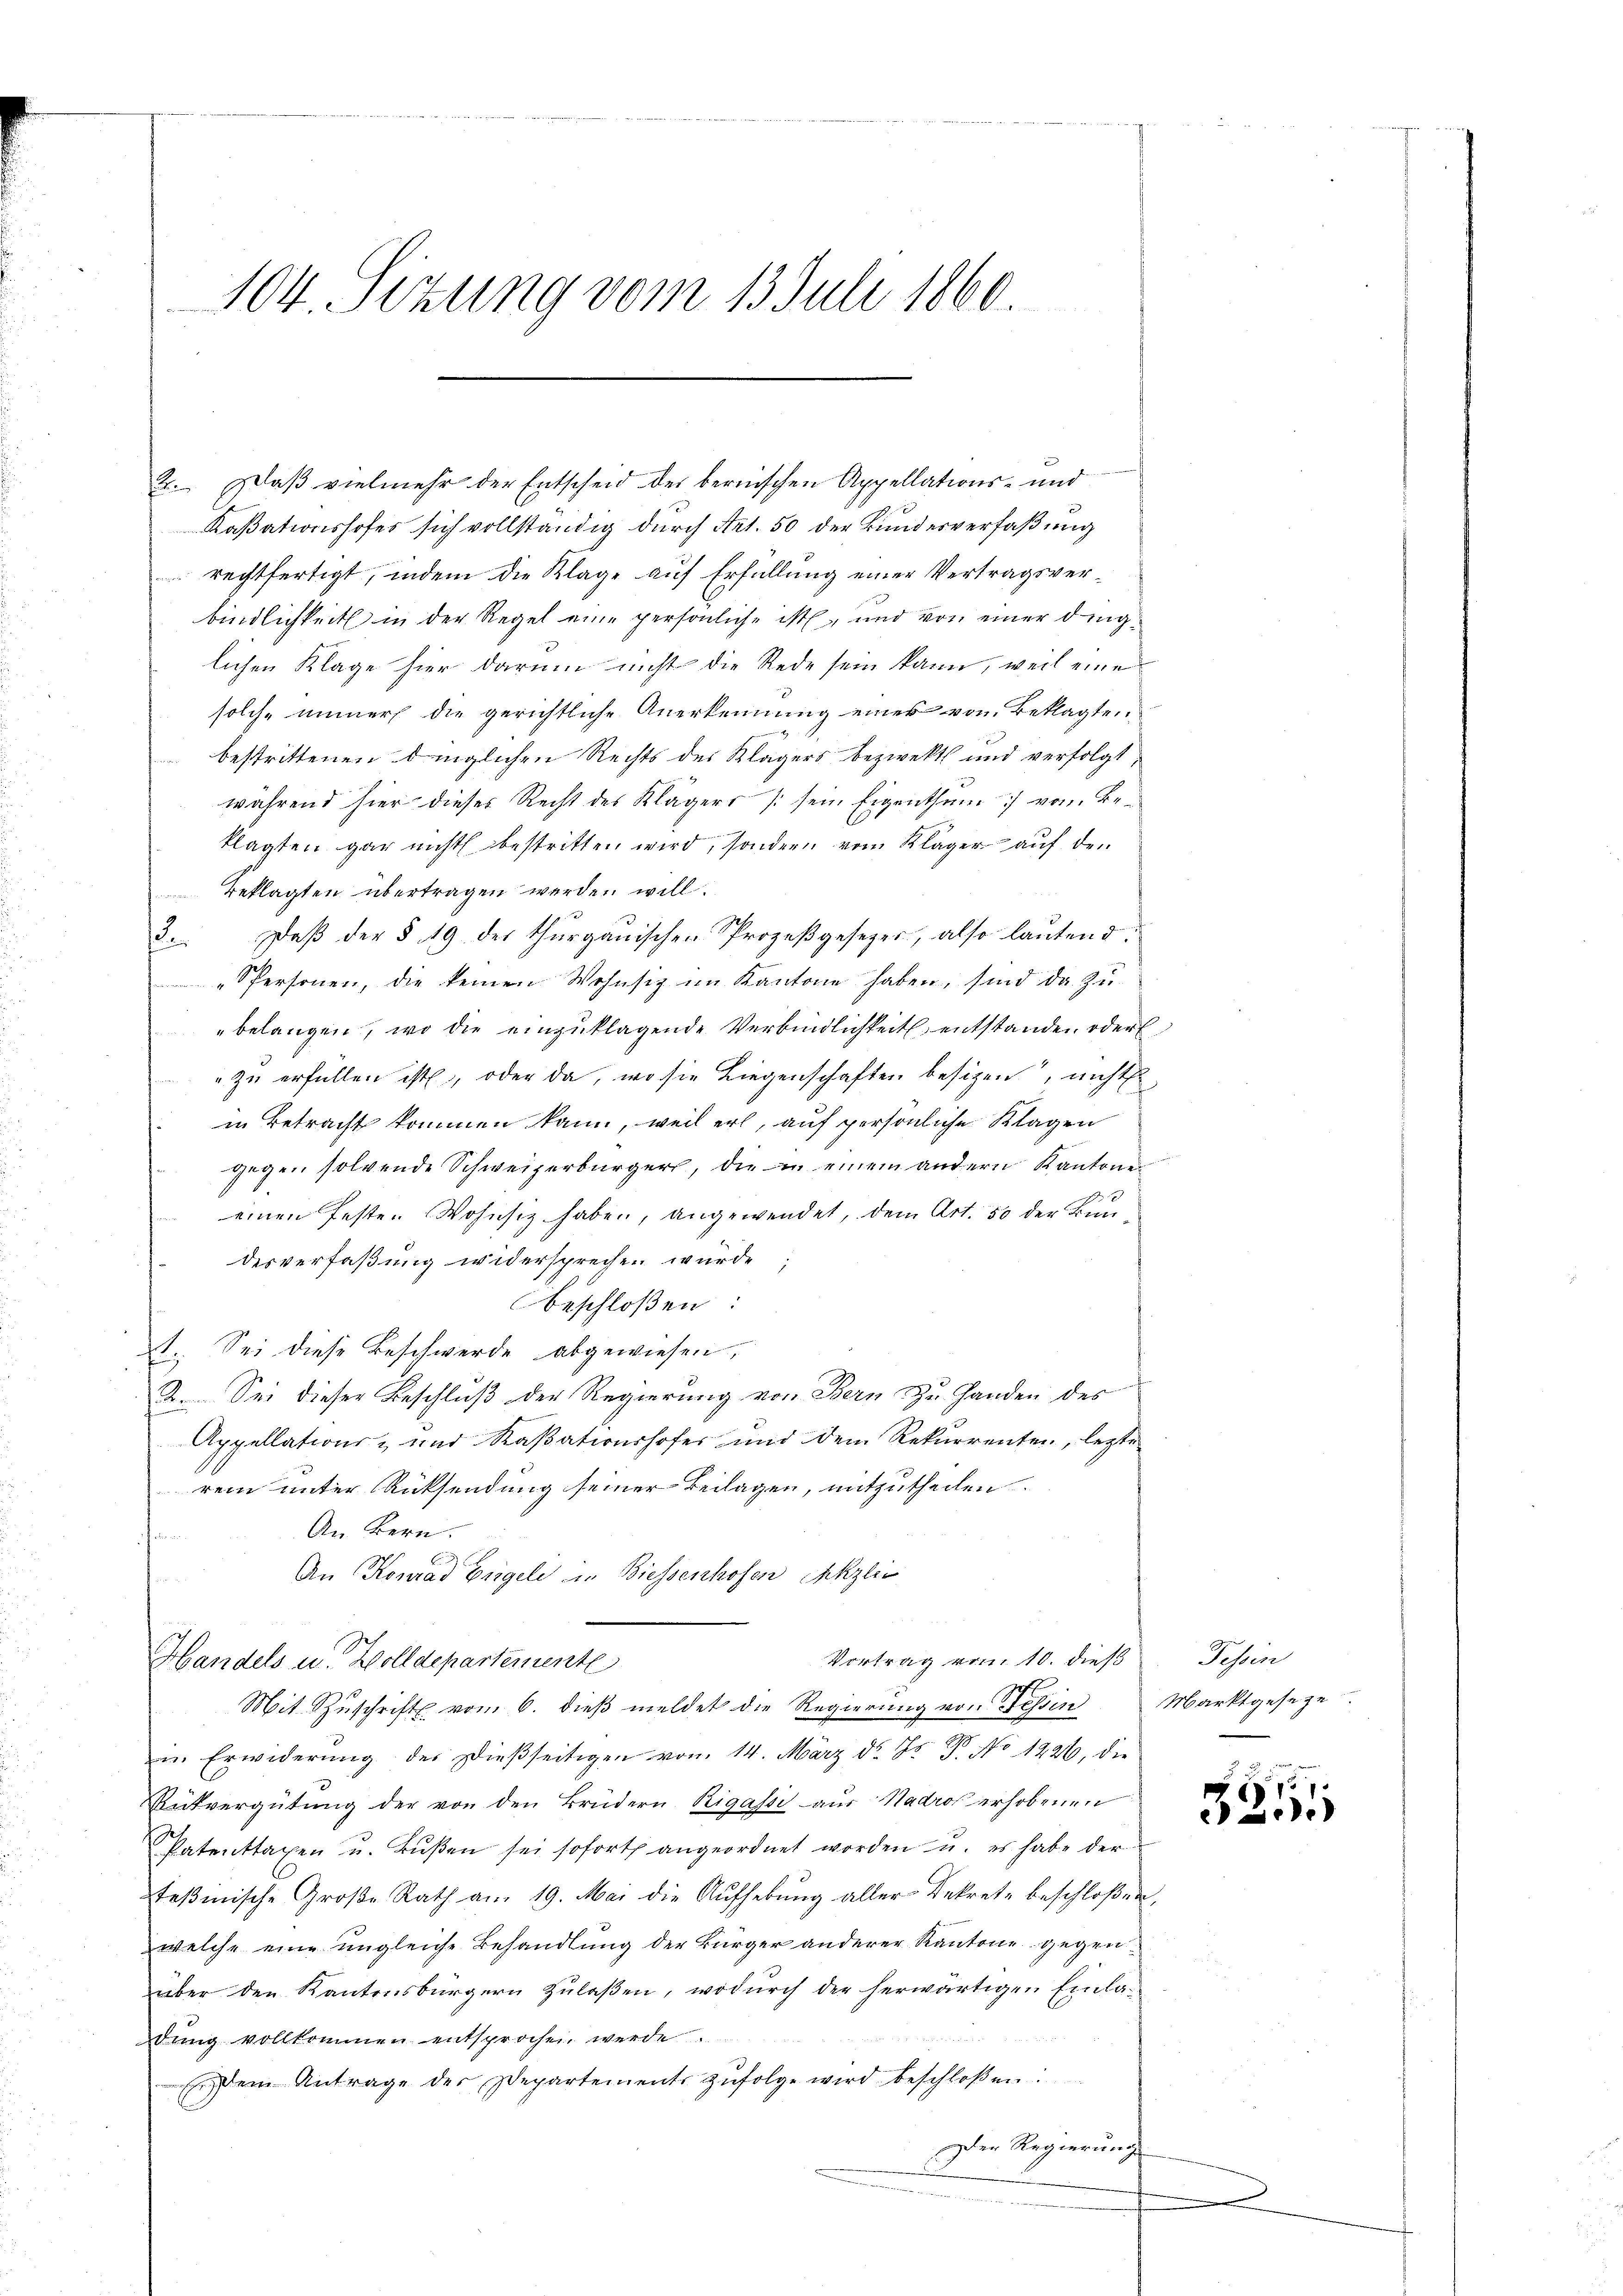
104. Sizung vom 13. Juli 1860.

2. daß vielmehr der Entscheid der bernischen Appellations- und
Kaßationshofes sich vollständig durch Art. 50 der Bundesverfaßung
rechtfertigt, indem die Klage auf Erfüllung einer Vertragsverbindlichkeit in der Regel eine persönliche ist und von einer dinglichen Klage hier darum nicht die Rede sein kann, weil eine
solche immer die gerichtliche Anerkennung einer von Beklagten
 bestrittenen dinglichen Rechts des Klägers bezwekt und verfolgt,
während hier dieses Recht des Klägers (sein Eigenthum vom Beklagten gar nicht bestritten wird, sondern vom Kläger auf den
Beklagten übertragen werden will.
3. Daβ der § 19 der thurgauischen Prozeβgesezer, also laŭtend.
Spersonen, die keinen Wohnsitz im Kantone haben, sind da zu-
belangen, wo die einzuklagende Verbindlichkeit entstanden oder
" zu erfüllen ist, oder da, wo sie Liegenschaften besizen, nicht
in Betracht kommen kann, weil erl, auf persönliche Klagen
gegen solvende Schweizerbürgers, die an einem andern Kantone
einen festen Wohnsitz haben, angewendet, dem Art. 50 der Bundesverfaßung widersprechen würde
beschloßen:
2. Sei diese Beschwerde abgewiesen,
2. Sei dieser Beschluß der Regierung von Bern zu Handen des
Appellations- und Kassationshofer und dem Rekurrenten, lezte
rem unter Rücksendung seiner Beilagen, mitzutheilen.
An Bern.
e
An Konrad Eigel in Biessenhofen Skzlei
Vortrag vom 10. dieß
Handels u. Wolldepartemente
Mit Zuschrift vom 6. dieß meldet die Regierung von Tessin Marktgeseze
u. Erwiderŭng des Dieβseitigen von 14. März d. Fr. 7. No 1226, die
Rutvergütung der von den Brüdern Rigassi aus Nadros erhobenen
Patenttaxen u. Bŭβen sei sofort angeordnet worden u. es habe der
teβmische Groβe Rath am 19. Mai die Aŭfhebŭng aller Dekrete beschloßen,
welche eine ungleiche Behandlung der Bürger anderer Kantone gegen
über den Kantonsbürgern zulaßen, wodurch der herwärtigen Einladung vollkommen entsprochen werde.
dem Antrage der Departements zŭfolge wird beschloßen:
Der Regierung

Tessin

325

.